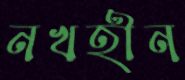
নখহীন